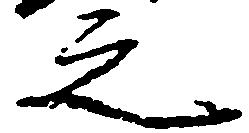
之